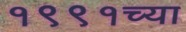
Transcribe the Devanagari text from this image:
१९९१च्या